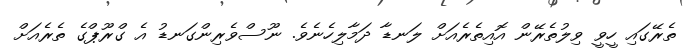
ތެރޭގައި ހީވީ ވިލުތެރޭން އޮއިތެރެއަށް ލަނޑާ ދަމާލިހެނެވެ. ނޫސްވެރިންގަނޑު އެ ގްރޫޕްގެ ތެރެއަށް